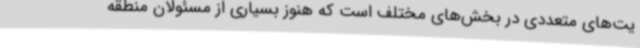
یت‌های متعددی در بخش‌های مختلف است که هنوز بسیاری از مسئولان منطقه